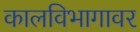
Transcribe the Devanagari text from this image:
कालविभागावर